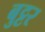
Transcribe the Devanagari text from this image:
बुट्टर